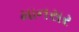
માનસર